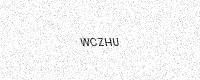
Text: WCZHU